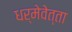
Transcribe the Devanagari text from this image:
धर्मेवेत्ता